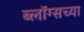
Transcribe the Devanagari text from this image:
ब्लॉग्सच्या